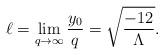
LaTeX: \begin{align*}\ell=\lim_{q\to \infty} {y_0 \over q} = \sqrt{-12\over \Lambda}.\end{align*}